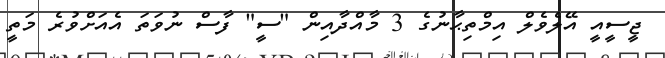
ޖީސީއީ އޭލެވެލް އިމްތިޙާނުގެ 3 މާއްދާއިން "ސީ" ފާސް ނުވަތަ އެއަށްވުރެ މަތީ